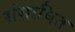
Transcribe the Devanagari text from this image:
संसाघित